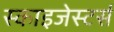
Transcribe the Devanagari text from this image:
स्काइजेस्टर्स